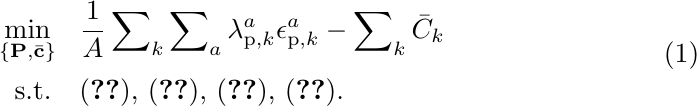
\begin{equation}
    \label{eq:sub_p0}
    \begin{aligned}
        \min_{\{\mathbf{P},\bar{\mathbf{c}}\}} ~~&\frac{1}{A}\sum\nolimits_{k}\sum\nolimits_{a} \lambda_{\mathrm{p},k}^a\epsilon_{\mathrm{p},k}^a - \sum\nolimits_{k}\bar{C}_k\\
        \text{s.t.}~~~&\text{(\ref{eq:constraint_p}), (\ref{eq:constraint_c2}), (\ref{eq:constraint_c1_modified}), (\ref{eq:constraint_qos_modified})}.
    \end{aligned}
\end{equation}